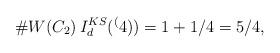
LaTeX: \begin{align*}\#W(C_2) \, I_d^{KS}(\sp(4)) = 1+1/4=5/4,\end{align*}